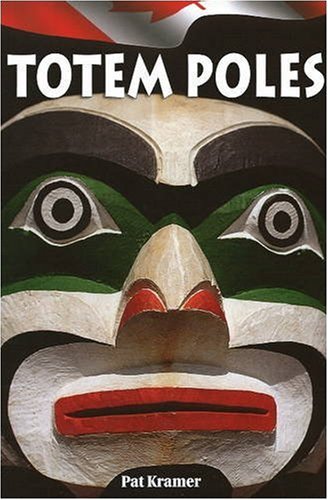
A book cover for Totem Poles; Pat Kramer; Travel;